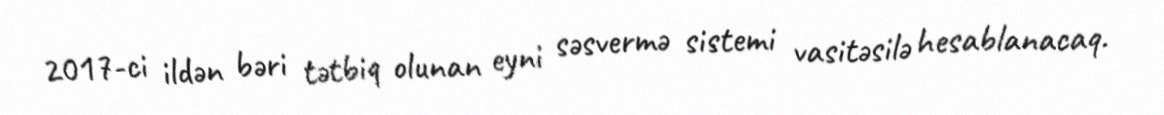
2017-ci ildən bəri tətbiq olunan eyni səsvermə sistemi vasitəsilə hesablanacaq.